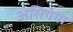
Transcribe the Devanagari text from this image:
असिगंगा